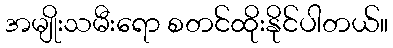
အမျိုးသမီးရော စတင်ထိုးနိုင်ပါတယ်။